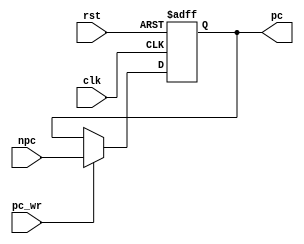
module pc(clk, rst, npc, pc_wr, pc);
  input clk, rst, pc_wr;      
  input [31:0] npc;
  output [31:0] pc;
  
  reg [31:0] pc_temp;     // pc_temp is a temporary register
  
  assign pc = pc_temp;    // pc is output port
  
  always @(posedge clk or posedge rst)
  begin
    if (rst)
      pc_temp = 32'h 0000_3000;
    else if (pc_wr)
      pc_temp = npc;
    else
      pc_temp = pc_temp;
  end

endmodule